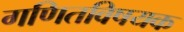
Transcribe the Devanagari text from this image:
गणितविषयक